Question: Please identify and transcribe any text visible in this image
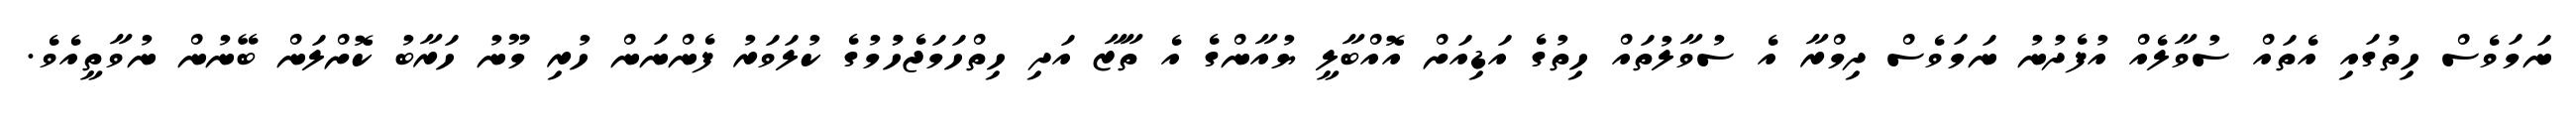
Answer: ނަމަވެސް ހިތުގައި އެތައް ސުވާލެއް އުފެދުނު ނަމަވެސް ދިމްރާ އެ ސުވާލުތައް ހިތުގެ އަޑިއަށް އޮއްބާލީ ޔުއާންގެ އެ ތާޒާ އަދި ހިތްހަމަޖެހުުމުގެ ކުލަވަރު ފެންނަން ހުރި މޫނު ހަރާބު ކޮށްލަން ބޭނުން ނުވާތީއެވެ.